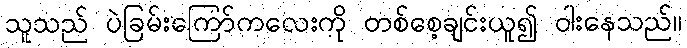
သူသည် ပဲခြမ်းကြော်ကလေးကို တစ်စေ့ချင်းယူ၍ ဝါးနေသည်။